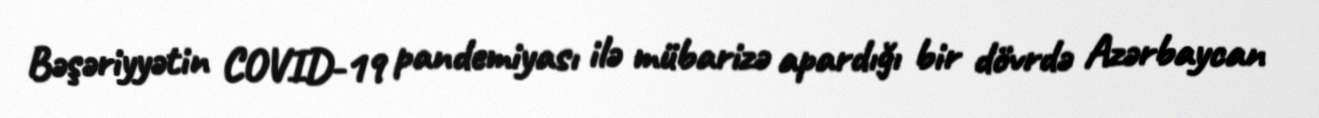
Bəşəriyyətin COVID-19 pandemiyası ilə mübarizə apardığı bir dövrdə Azərbaycan